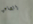
الصاعق